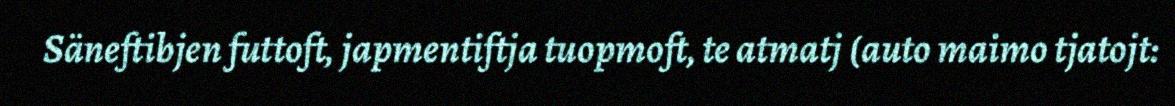
Säneftibjen futtoft, japmentiftja tuopmoft, te atmatj (auto maimo tjatojt: